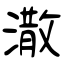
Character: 潵